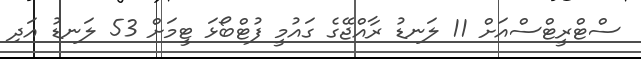
ސްޓްރީޓްސްއަށް 11 ލަނޑު ރާއްޖޭގެ ގައުމީ ފުޓްބޯޅަ ޓީމަށް 53 ލަނޑު އަދި